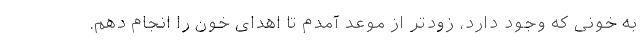
به خونی که وجود دارد، زودتر از موعد آمدم تا اهدای خون را انجام دهم.